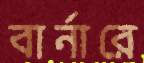
বার্নারে